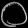
Digit: ၀